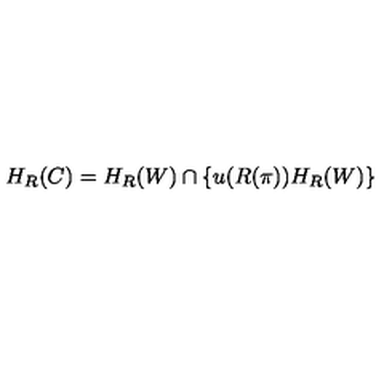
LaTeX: H _ { R } ( C ) = H _ { R } ( W ) \cap \left\{ u ( R ( \pi ) ) H _ { R } ( W ) \right\}